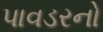
પાવડરનો